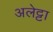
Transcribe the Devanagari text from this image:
अलेट्टा